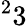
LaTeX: ^23